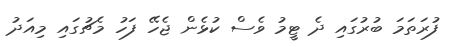
ފުރަތަމަ ބުރުގައި ދެ ޓީމު ވެސް ކުޅެން ޖެހޭ ފަހު މެޗުގައި މިއަދު